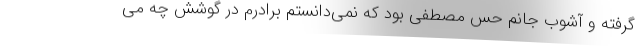
گرفته و آشوب جانم حس مصطفی بود که نمی‌دانستم برادرم در گوشش چه می